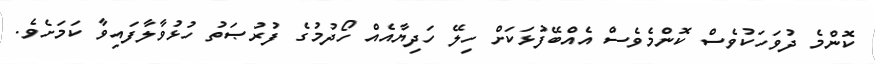
ކޮންމެ ދުވަހަކުވެސް ކޮންމެވެސް އެއްބޭފުޅަކަށް ހިލޭ ހަދިޔާއެއް ހޯދުމުގެ ފުރުޞަތު ހުޅުވާލާފައިވާ ކަމަށެވެ.